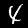
Digit: 4